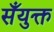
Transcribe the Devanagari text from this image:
सँयुक्त